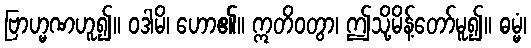
ဗြာဟ္မဏဟူ၍။ ဝဒါမိ၊ ဟော၏။ ဣတိဝတွာ၊ ဤသို့မိန့်တော်မူ၍။ ဓမ္မံ၊